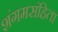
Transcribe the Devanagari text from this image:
शंगमसंहिता